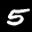
Label: 5